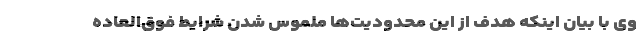
وی با بیان اینکه هدف از این محدودیت‌ها ملموس شدن شرایط فوق‌العاده